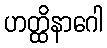
ဟတ္ထိနာဂေါ